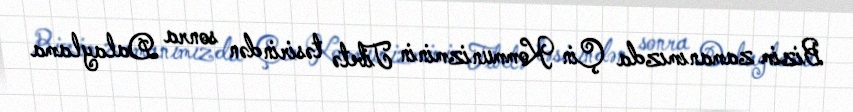
Bizim zamanımızda Çin Kommunizminin Tibetə təsirindən sonra Dalaylama